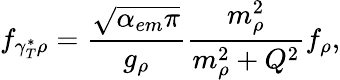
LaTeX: f_{\gamma_{T}^{*}\rho}=\frac{\sqrt{\alpha_{em}\pi}}{g_{\rho}}\frac{m_{\rho}^{2}}{m_{\rho}^{2}+Q^{2}}f_{\rho},